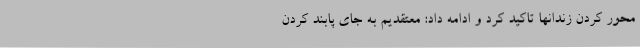
محور کردن زندانها تاکید کرد و ادامه داد: معتقدیم به جای پابند کردن